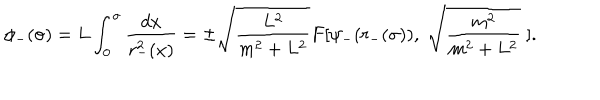
\phi _ { - } ( \sigma ) = L \int _ { 0 } ^ { \sigma } \frac { d x } { r _ { - } ^ { 2 } ( x ) } = \pm \sqrt { \frac { L ^ { 2 } } { m ^ { 2 } + L ^ { 2 } } } F [ \psi _ { - } ( r _ { - } ( \sigma ) ) , \; \sqrt { \frac { m ^ { 2 } } { m ^ { 2 } + L ^ { 2 } } } \; ] .